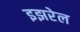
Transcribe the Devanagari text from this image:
इझरेल